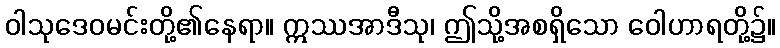
ဝါသုဒေဝမင်းတို့၏နေရာ။ ဣဿအာဒီသု၊ ဤသို့အစရှိသော ဝေါဟာရတို့၌။